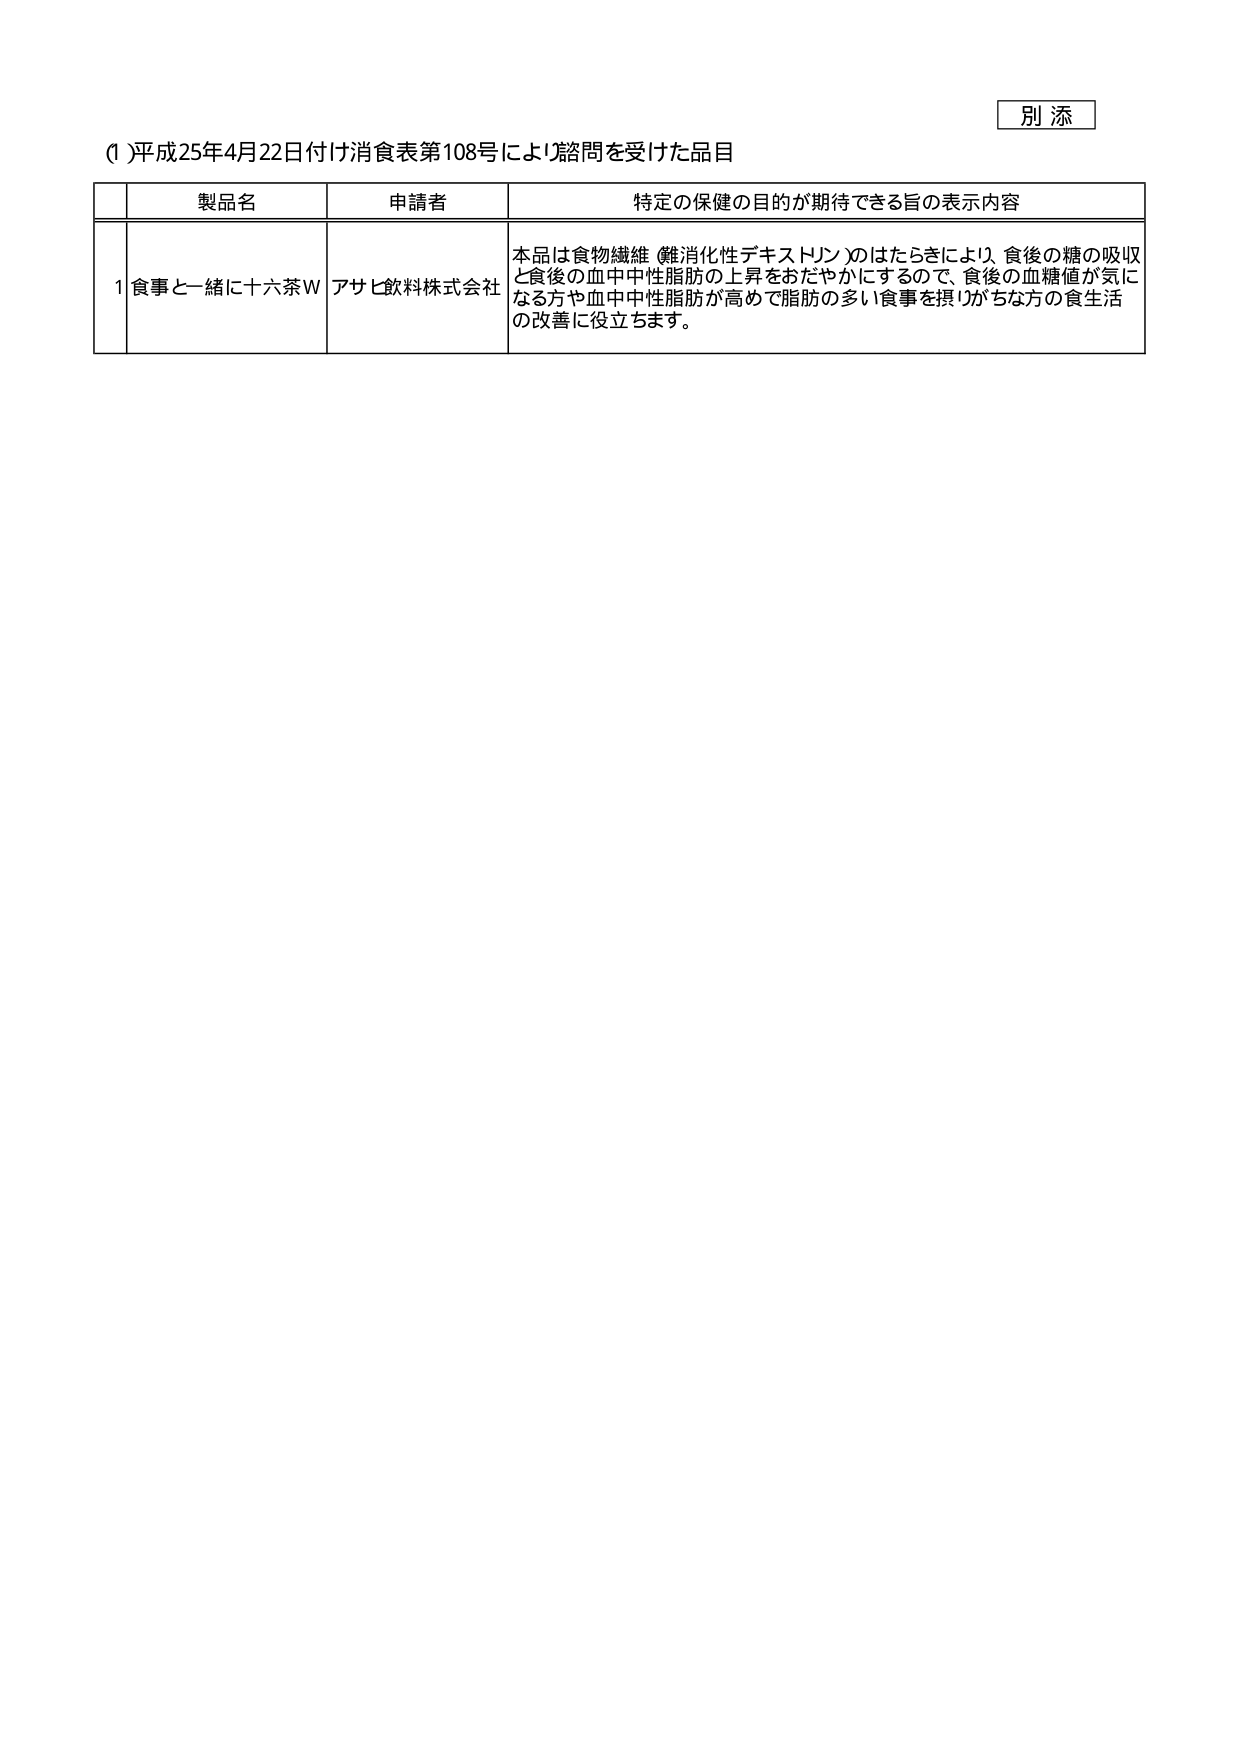
別 添

(1) 平成25年4月22日付け消食表第108号により諮問を受けた品目

製品名 申請者 特定の保健の目的が期待できる旨の表示内容

1 食事と一緒に十六茶W アサヒ飲料株式会社 本品は食物繊維（難消化性デキストリン）のはたらきにより、食後の糖の吸収と食後の血中中性脂肪の上昇をおだやかにするので、食後の血糖値が気になる方や血中中性脂肪が高めで脂肪の多い食事を摂りがちな方の食生活の改善に役立ちます。